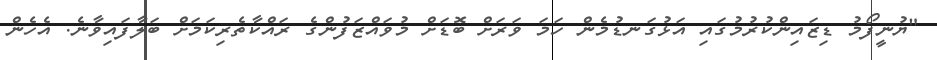
"ޔުނީފޯމު ޑިޒައިންކުރުމުގައި އަޅުގަނޑުމެން ހަމަ ވަރަށް ބޮޑަށް މުވައްޒަފުންގެ ރައްކާތެރިކަމަށް ބަލާފައިވާނެ. އެހެން